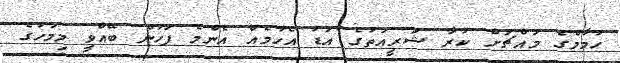
ހުމާމްގެ މައްޗަށް ކުރާ ޝަރީއަތުގެ އަޑު އެހުމެއް އެންމެ ފަހުން ބޭއްވީ މިމަހުގެ